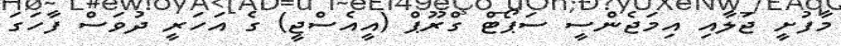
މާފުށީ ޖަލާއި އިމަޖެންސީ ސަޕޯޓް ގްރޫޕް (އީއެސްޖީ) ގެ އަހަރީ ދުވަސް ފާހަގަ